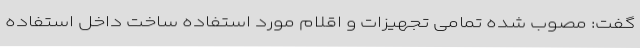
گفت: مصوب شده تمامی تجهیزات و اقلام مورد استفاده ساخت داخل استفاده